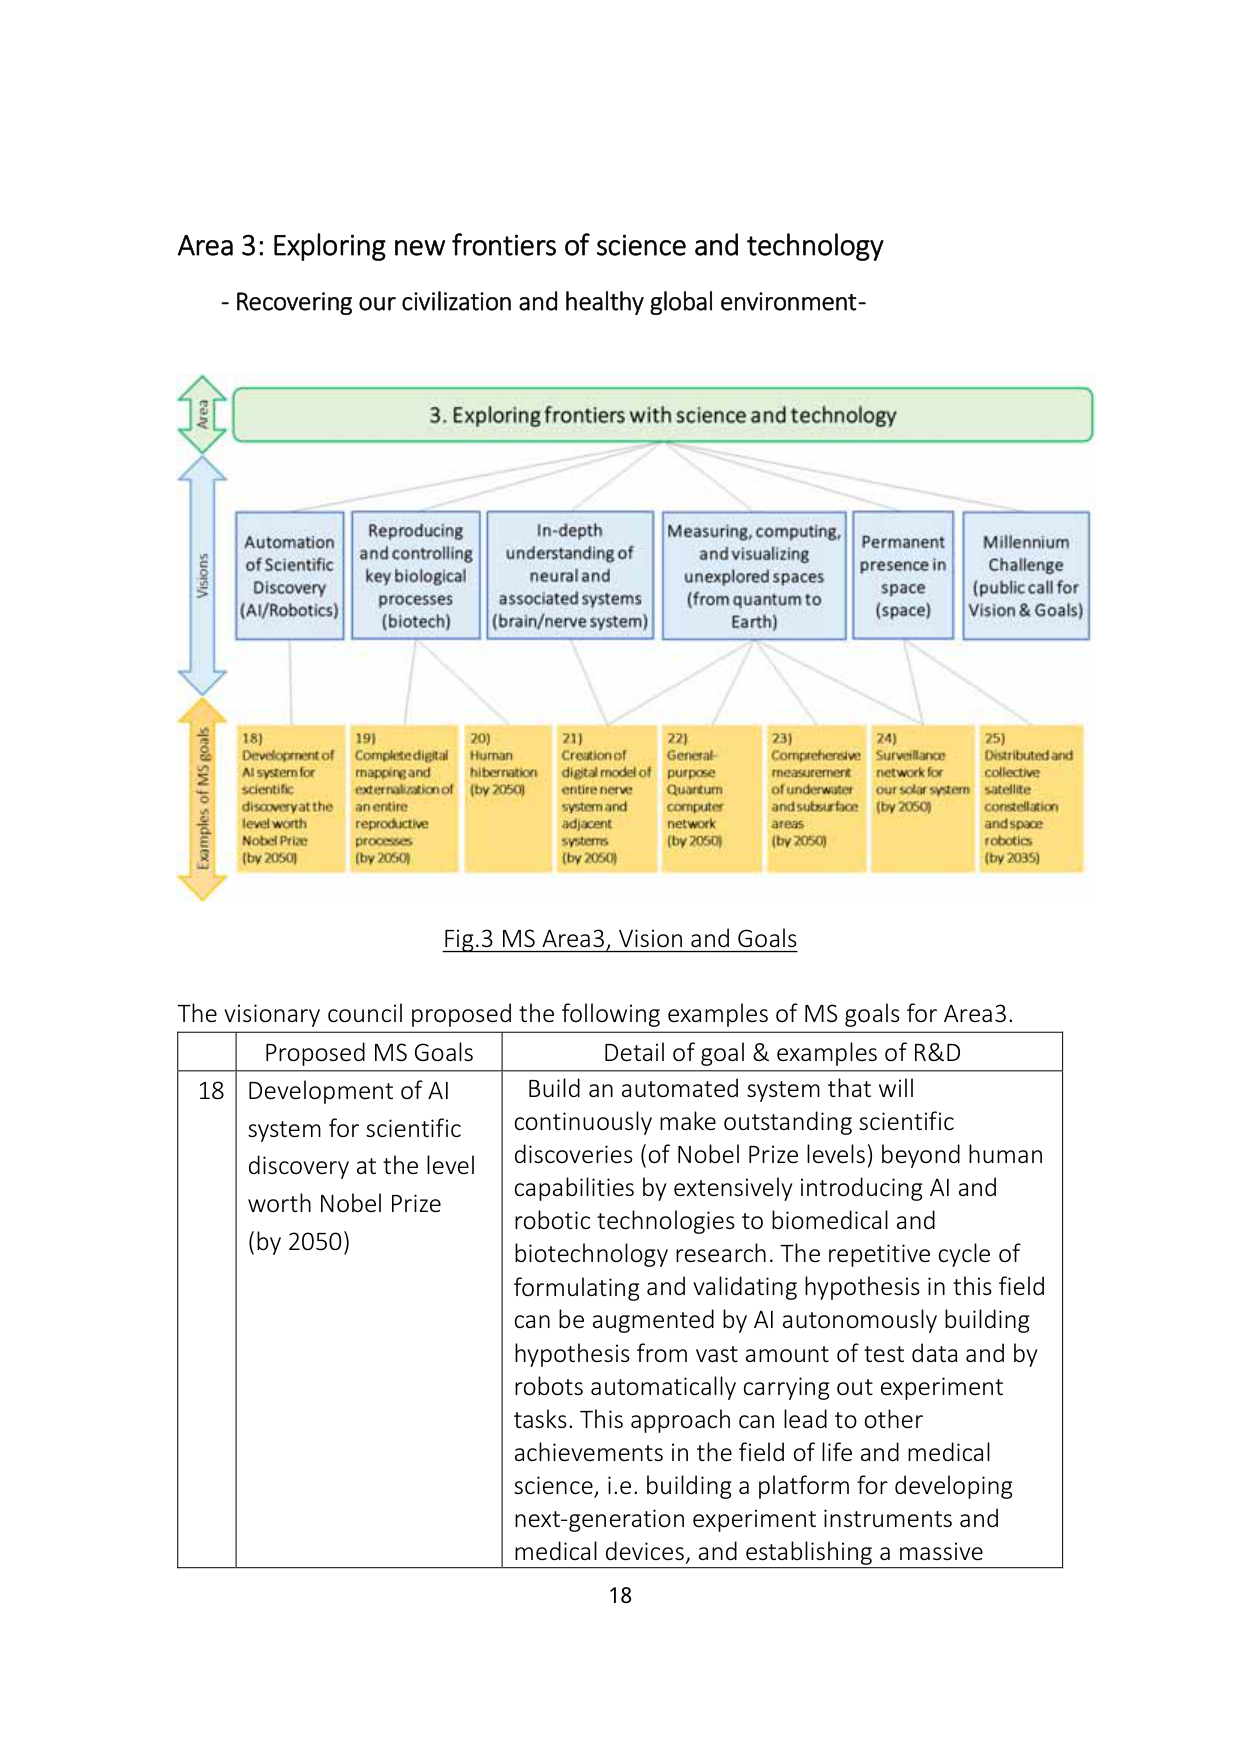
Area 3: Exploring new frontiers of science and technology
- Recovering our civilization and healthy global environment-

Area
3. Exploring frontiers with science and technology

Visions
Automation of Scientific Discovery (AI/Robotics)
Reproducing and controlling key biological processes (biotech)
In-depth understanding of neural and associated systems (brain/nerve system)
Measuring, computing, and visualizing unexplored spaces (from quantum to Earth)
Permanent presence in space (space)
Millennium Challenge (public call for Vision & Goals)

Examples of MS goals
18) Development of AI system for scientific discovery at the level worth Nobel Prize (by 2050)
19) Complete digital mapping and externalization of an entire reproductive processes (by 2050)
20) Human hibernation (by 2050)
21) Creation of digital model of entire nerve system and adjacent systems (by 2050)
22) General-purpose Quantum computer network (by 2050)
23) Comprehensive measurement of underwater and subsurface areas (by 2050)
24) Surveillance network for our solar system (by 2050)
25) Distributed and collective satellite constellation and space robotics (by 2035)

Fig.3 MS Area3, Vision and Goals

The visionary council proposed the following examples of MS goals for Area3.

Proposed MS Goals
Detail of goal & examples of R&D

18 Development of AI system for scientific discovery at the level worth Nobel Prize (by 2050)
Build an automated system that will continuously make outstanding scientific discoveries (of Nobel Prize levels) beyond human capabilities by extensively introducing AI and robotic technologies to biomedical and biotechnology research. The repetitive cycle of formulating and validating hypothesis in this field can be augmented by AI autonomously building hypothesis from vast amount of test data and by robots automatically carrying out experiment tasks. This approach can lead to other achievements in the field of life and medical science, i.e. building a platform for developing next-generation experiment instruments and medical devices, and establishing a massive

18